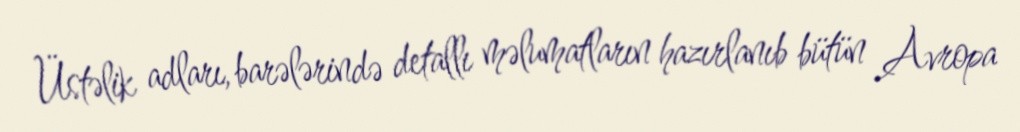
Üstəlik adları, barələrində detallı məlumatların hazırlanıb bütün Avropa